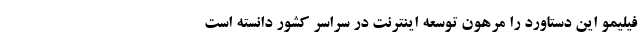
فیلیمو این دستاورد را مرهون توسعه اینترنت در سراسر کشور دانسته است